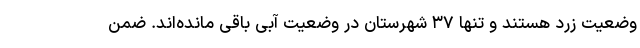
وضعیت زرد هستند و تنها ۳۷ شهرستان در وضعیت آبی باقی مانده‌اند. ضمن